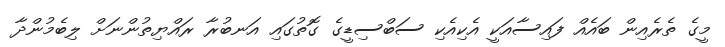
މީގެ ތެރެއިން ބައެއް ފައިސާއަކީ އެކިއެކި ސަބްސިޑީގެ ގޮތުގައި އަނބުރާ ރައްޔިތުންނަށް ލިބެމުންދާ